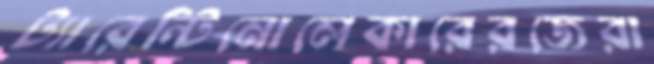
ট্যারেন্টিনোলেকারেরজেরা